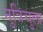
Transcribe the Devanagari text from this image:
नुत्रिचुला